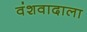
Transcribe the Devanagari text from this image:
वंशवादाला